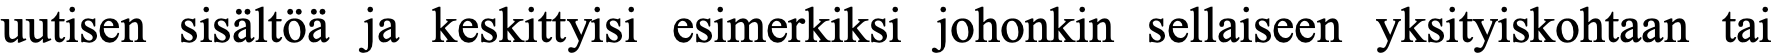
uutisen sisältöä ja keskittyisi esimerkiksi johonkin sellaiseen yksityiskohtaan tai